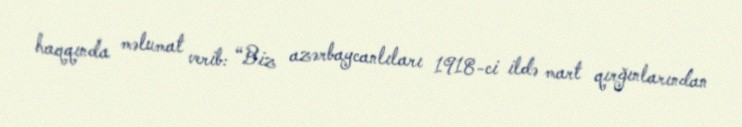
haqqında məlumat verib: “Biz azərbaycanlıları 1918-ci ildə mart qırğınlarından